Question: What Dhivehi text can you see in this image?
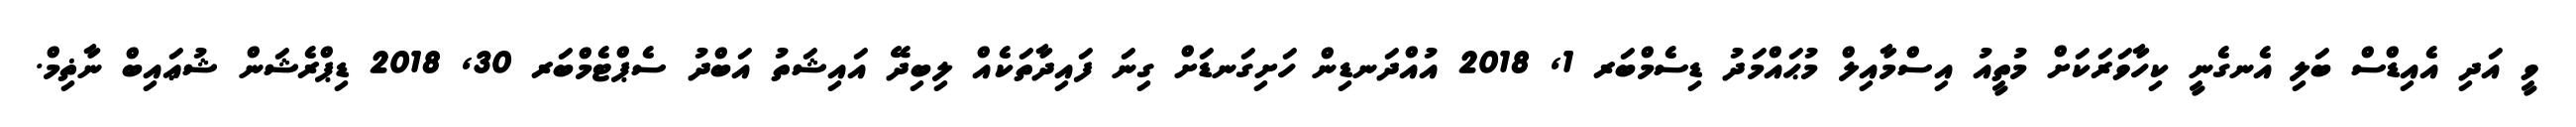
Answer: ވީ އަދި އެއިޑްސް ބަލި އެނގެނީ ކިހާވަރަކަށް މުތީއު އިސްމާއިލް މުޙައްމަދު ޑިސެމްބަރ 1, 2018 އުއްދަނޑިން ހަށިގަނޑަށް ގިނަ ފައިދާތަކެއް ލިބިދޭ އައިޝަތު އަބްދު ސެޕްޓެމްބަރ 30, 2018 ޑިޕްރެޝަން ޝުޢައިބް ނާޡިމް.